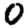
Digit: 0